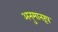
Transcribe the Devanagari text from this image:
अनुमानरूप